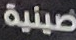
صينية